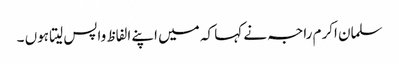
سلمان اکرم راجہ نے کہا کہ میں اپنے الفاظ واپس لیتا ہوں ۔